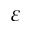
\varepsilon